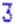
3